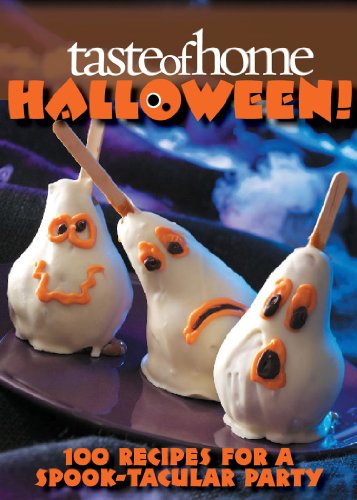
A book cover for Taste of Home Halloween!; Cookbooks, Food & Wine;